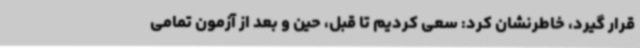
قرار گیرد، خاطرنشان کرد: سعی کردیم تا قبل، حین و بعد از آزمون تمامی